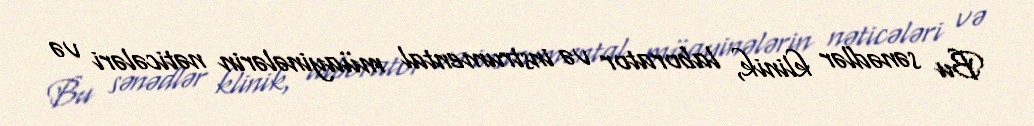
Bu sənədlər klinik, laborator və instrumental müayinələrin nəticələri və